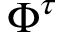
\Phi ^ { \tau }